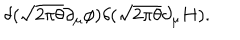
LaTeX: \delta ( \sqrt { 2 \pi \theta } \partial _ { \mu } \phi ) \delta ( \sqrt { 2 \pi \theta } \partial _ { \mu } H ) .